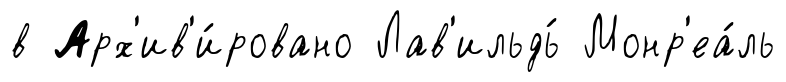
в Арх'ив'и́ровано Лав'ильдь́ Монр'еа́ль